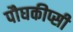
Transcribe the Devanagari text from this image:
पौघकीप्सी